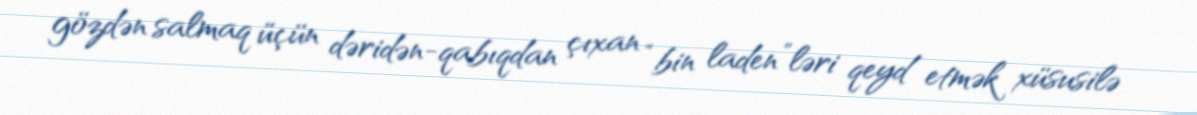
gözdən salmaq üçün dəridən-qabıqdan çıxan “bin laden”ləri qeyd etmək xüsusilə